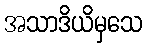
အသာဒိယိမှသေ